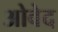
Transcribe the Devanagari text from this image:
ओवेद